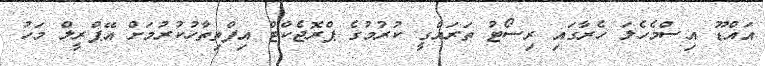
އައްޑޫ އިސްމެހެލަ ހެރާގައި ރިސޯޓު ތަރައްގީ ކުރުމުގެ ޕްރޮޖެކްޓް އިފްތިތާހުކުރުމަށް އޭޕްރީލް މަހު